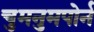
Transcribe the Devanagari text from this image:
चुमनुमपोर्न